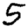
Digit: 5